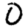
Digit: 0